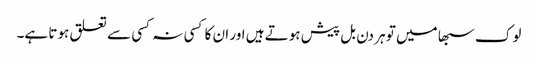
لوک سبھا میں تو ہر دن بل پیش ہوتے ہیں اور ان کا کسی نہ کسی سے تعلق ہوتا ہے۔